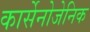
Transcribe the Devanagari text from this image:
कार्सेनोजेनिक